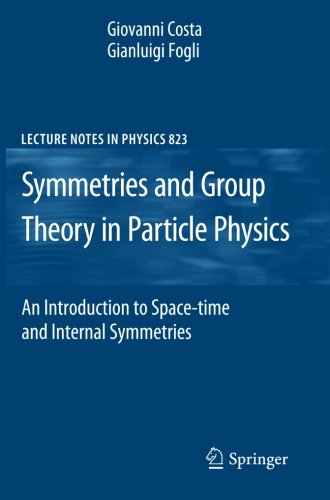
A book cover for Symmetries and Group Theory in Particle Physics: An Introduction to Space-Time and Internal Symmetries (Lecture Notes in Physics); Giovanni Costa; Science & Math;